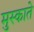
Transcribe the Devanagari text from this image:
मुस्काते